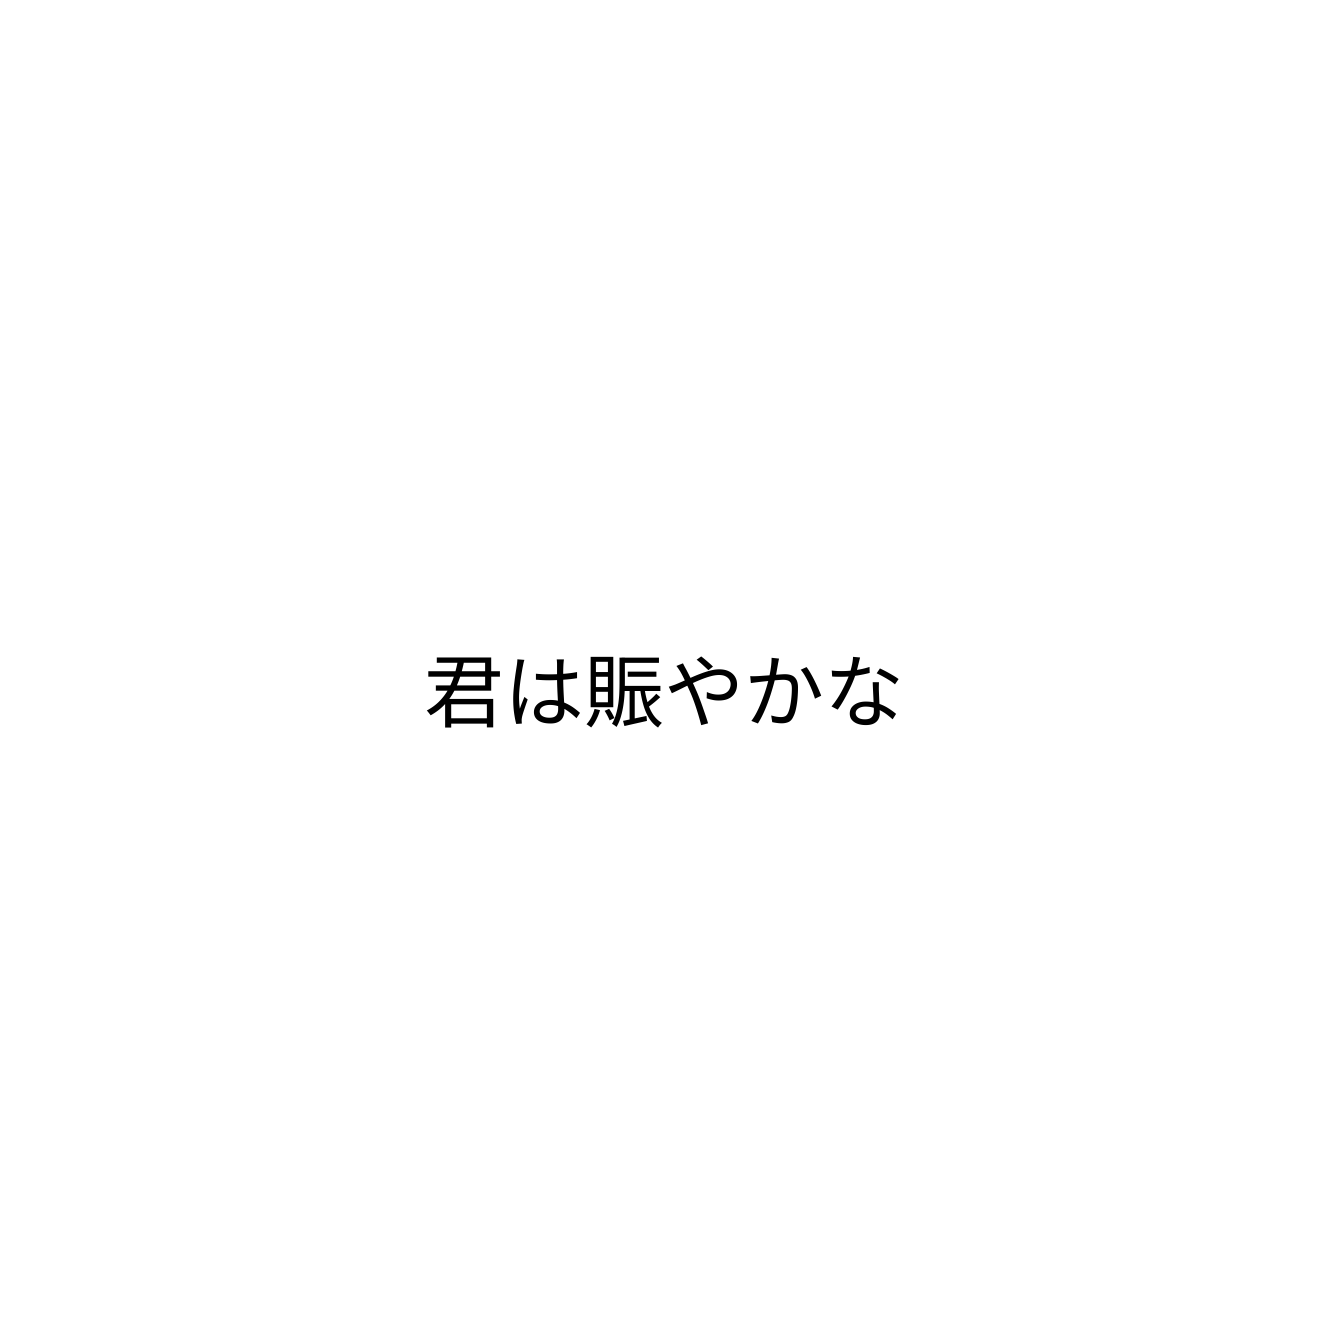
君は賑やかな